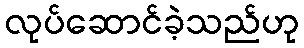
လုပ်ဆောင်ခဲ့သည်ဟု